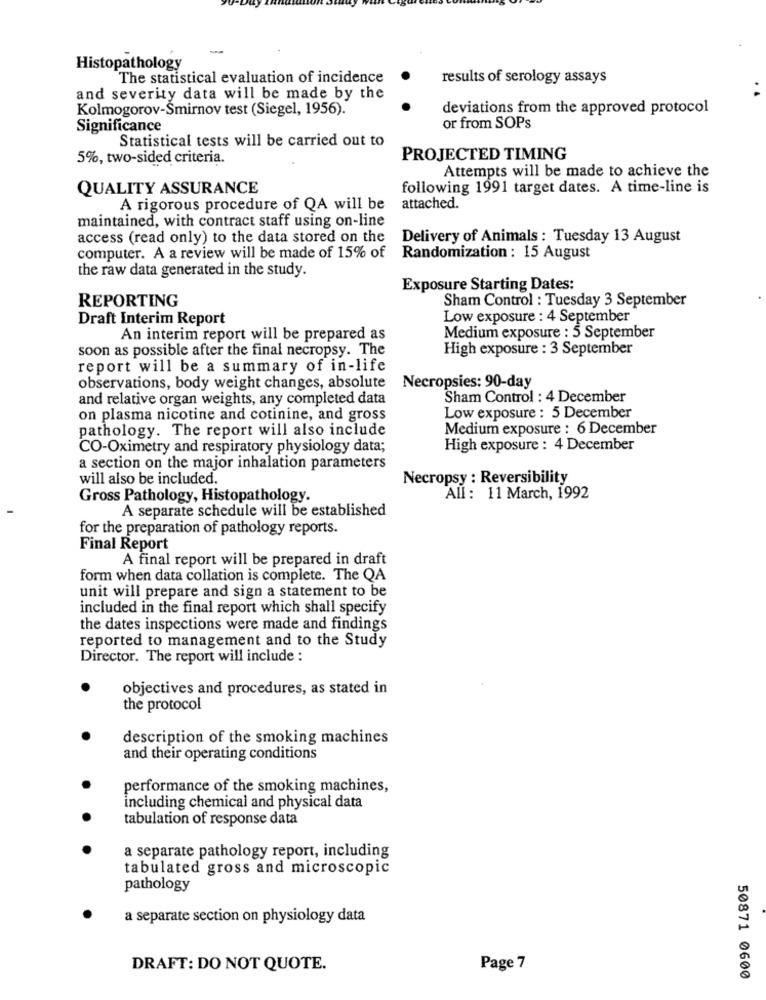
Histopathology
The statistical evaluation of incidence
results of serology assays
and severity data will be made by the
Kolmogorov-Smirnov test (Siegel, 1956).
deviations from the approved protocol
Significance
or from SOPs
Statistical tests will be carried out to
5%, two-sided criteria.
PROJECTED TIMING
Attempts will be made to achieve the
QUALITY ASSURANCE
following 1991 target dates. A time-line is
A rigorous procedure of QA will be
attached.
maintained, with contract staff using on-line
access (read only) to the data stored on the
Delivery of Animals : Tuesday 13 August
computer. A a review will be made of 15% of
Randomization : 15 August
the raw data generated in the study.
Exposure Starting Dates:
REPORTING
Sham Control : Tuesday 3 September
Draft Interim Report
Low exposure : 4 September
An interim report will be prepared as
Medium exposure : 5 September
soon as possible after the final necropsy. The
High exposure : 3 September
report will be a summary of in-life
Necropsies: 90-day
observations, body weight changes, absolute
and relative organ weights, any completed data
Sham Control : 4 December
on plasma nicotine and cotinine, and gross
Low exposure : 5 December
pathology. The report will also include
Medium exposure : 6 December
CO-Oximetry and respiratory physiology data;
High exposure : 4 December
a section on the major inhalation parameters
will also be included.
Necropsy : Reversibility
Gross Pathology, Histopathology.
All : 11 March, 1992
A separate schedule will be established
for the preparation of pathology reports.
Final Report
A final report will be prepared in draft
form when data collation is complete. The QA
unit will prepare and sign a statement to be
included in the final report which shall specify
the dates inspections were made and findings
reported to management and to the Study
Director. The report will include :
objectives and procedures, as stated in
the protocol
description of the smoking machines
and their operating conditions
performance of the smoking machines,
including chemical and physical data
tabulation of response data
a separate pathology report, including
tabulated gross and microscopic
pathology
a separate section on physiology data
DRAFT: DO NOT QUOTE.
Page 7
50871 0600